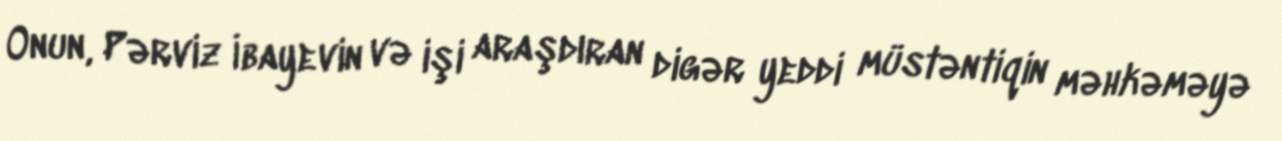
Onun, Pərviz İbayevin və işi araşdıran digər yeddi müstəntiqin məhkəməyə